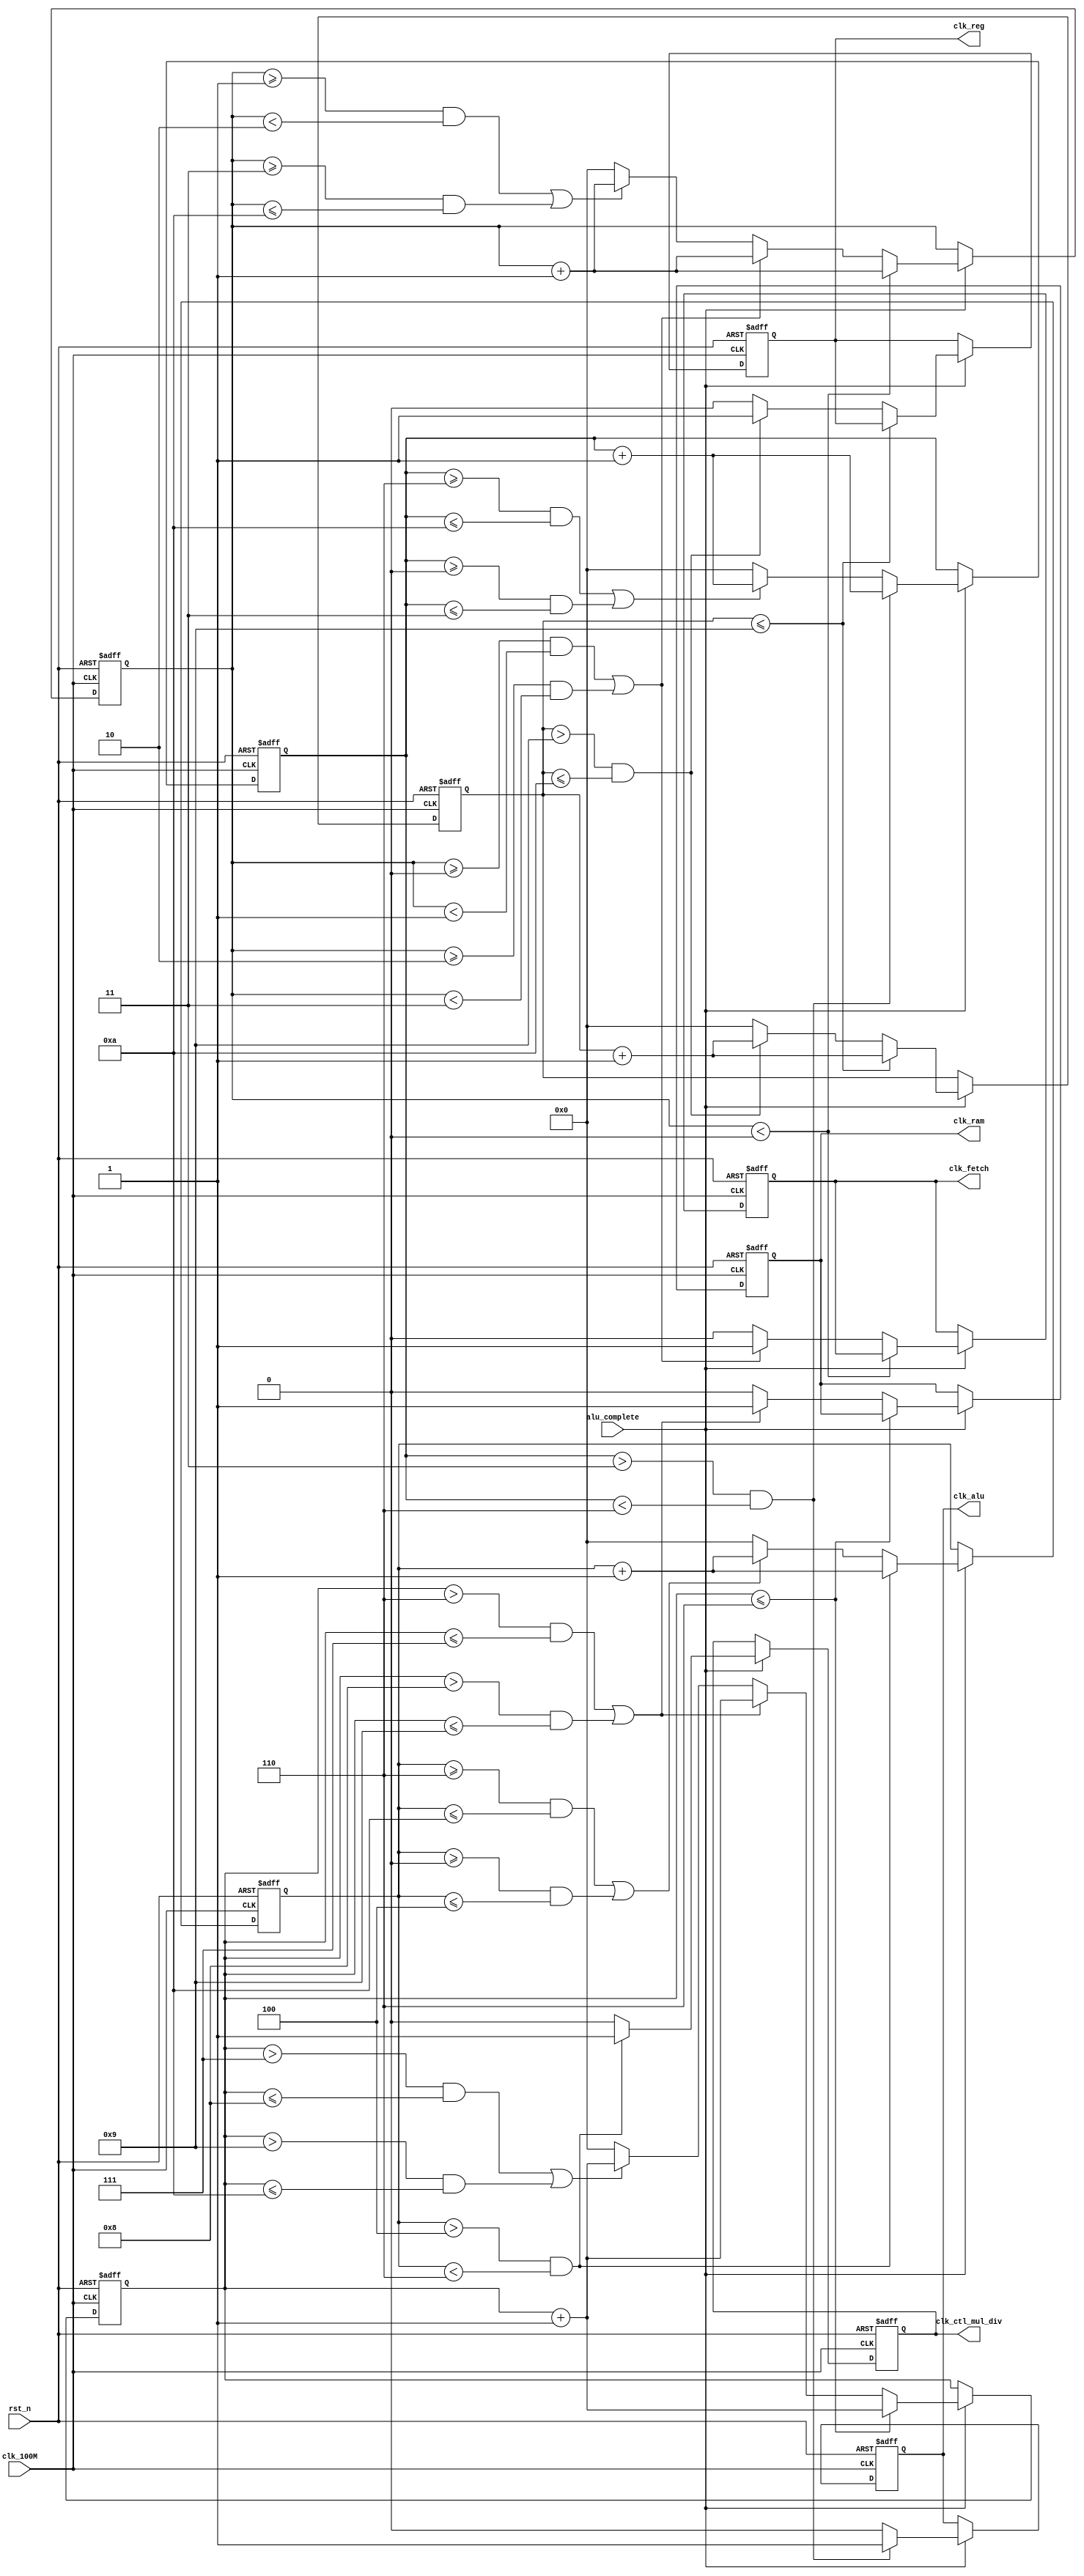
`timescale 1ns/1ns
module Clkdiv_origin
    #(
        parameter     div10 = 10,
        parameter     div6 = 6,
        parameter     div7 = 7,
        parameter     div8 = 8,
        parameter     div1 = 1,
        parameter     div9 = 9,
        parameter     div0 = 0,
        parameter     div2 = 2,
        parameter     div3 = 3
    )
   (
        input         clk_100M,
        input         rst_n,
        input         alu_complete,
        output reg    clk_alu,
        output reg    clk_fetch,
        output reg    clk_ram,
        output reg    clk_reg,
        output reg    clk_ctl_mul_div

    );  
        reg [10:0]    count1, count2, count3, count4, count5;

        

        always @(posedge clk_100M or negedge rst_n) begin
            if (rst_n == 0) begin
                count1 <= 0;
                clk_alu <= 0;
            end
            else begin
                if(alu_complete == 0) begin
                    count1 <= count1;
                    clk_alu <= clk_alu;
                end
                else begin
                    if (count1 > div3 && count1 < div6) begin
                        count1 <= count1 + 1;
                        clk_alu <= 1;
                    end
                    else if ((count1 >= div6 && count1 <= div10) ||
                            (count1 >= 0 && count1 <= div3)) begin
                        clk_alu <= 0;
                        count1 <= count1 + 1; 
                    end 
                    else begin
                        clk_alu <= 0;
                        count1 <= 0;
                    end
                end
            end
        end

         always @(posedge clk_100M or negedge rst_n) begin
            if (rst_n == 0) begin
                count2 <= 0;
                clk_fetch <= 0;
            end
            else begin
                if(alu_complete == 0) begin
                    count2 <= count2;
                    clk_fetch <= clk_fetch;
                end
                else begin
                    if (count2 < div0) begin
                        count2 <= count2 + 1;
                        clk_fetch <= clk_fetch;
                    end
                    else if ((count2 >= div0 && count2 < div1)||
                             (count2 >= div2 && count2 < div3) ) begin
                        clk_fetch <= 1;
                        count2 <= count2 + 1; 
                    end 
                    else if ((count2 >= div1 && count2 < div2)||
                             (count2 >= div3 && count2 <= div10) ) begin
                        clk_fetch <= 0;
                        count2 <= count2 + 1; 
                    end 
                    else begin
                        clk_fetch <= 0;
                        count2 <= 0;
                    end
                end
            end
        end


        always @(posedge clk_100M or negedge rst_n) begin
            if (rst_n == 0) begin
                count5 <= 0;
                clk_ram <= 0;
            end
            else begin
                if(alu_complete == 0) begin
                    count5 <= count5;
                    clk_ram <= clk_ram;
                end
                else begin
                    if (count5 <= div6) begin
                        count5 <= count5 + 1;
                        clk_ram <= clk_ram;
                    end
                    else if ((count5 > div6 && count5 <= div7)||
                             (count5 > div8 && count5 <= div9) ) begin
                        clk_ram <= 1;
                        count5 <= count5 + 1; 
                    end 
                    else if ((count5 > div7 && count5 <= div8)||
                             (count5 > div9 && count5 <= div10) ) begin
                        clk_ram <= 0;
                        count5 <= count5 + 1; 
                    end 
                    else begin
                        clk_ram <= 0;
                        count5 <= 0;
                    end
                end
            end
        end

        

        always @(posedge clk_100M or negedge rst_n) begin
            if (rst_n == 0) begin
                count4 <= 0;
                clk_reg <= 0;
            end
            else begin
                if(alu_complete == 0) begin
                    count4 <= count4;
                    clk_reg <= clk_reg;
                end
                else begin
                    if (count4 <= div9) begin
                        count4 <= count4 + 1;
                    end
                    else if (count4 > div9 && count4 <= div10 ) begin
                        clk_reg <= 1;
                        count4 <= count4 + 1; 
                    end 
                    else begin
                        clk_reg <= 0;
                        count4 <= 0;
                    end
                end
            end
        end

        always @(posedge clk_100M or negedge rst_n) begin
            if (rst_n == 0) begin
                count3 <= 0;
                clk_ctl_mul_div <= 0;
            end
            else begin
                if(alu_complete == 0) begin
                    count3 <= count3;
                    clk_ctl_mul_div <= clk_ctl_mul_div;
                end
                else begin
                    if (count3 > (div3 + 1) && count3 < div6) begin
                        count3 <= count3 + 1;
                        clk_ctl_mul_div <= 1;
                    end
                    else if ((count3 >= div6 && count3 <= div10) ||
                            (count3 >= 0 && count3 <= (div3+1))) begin
                        clk_ctl_mul_div <= 0;
                        count3 <= count3 + 1; 
                    end 
                    else begin
                        clk_ctl_mul_div <= 0;
                        count3 <= 0;
                    end
                end
            end
        end

     

    
endmodule